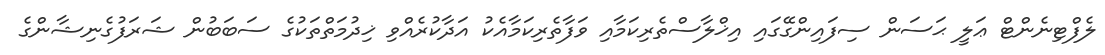
ލެފްޓިނެންޓް ޢަލީ ޙަސަން ސިފައިންގޭގައި އިޚްލާސްތެރިކަމާއި ވަފާތެރިކަމާއެކު އަދާކުރެއްވި ޚިދުމަތްތަކުގެ ސަބަބުން ޝަރަފުގެނިޝާންގެ